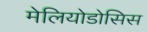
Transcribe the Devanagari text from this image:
मेलियोडोसिस